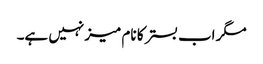
مگر اب بستر کا نام میز نہیں ہے۔